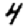
Digit: 4